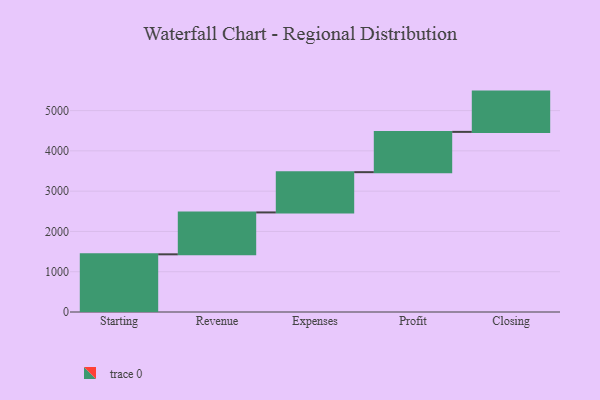
{"axis": {"x": "Step", "y": "Value"}, "legend": [""], "data": [{"x": "Starting", "y": 1432.0, "type": ""}, {"x": "Revenue", "y": 1040.0, "type": ""}, {"x": "Expenses", "y": 1000, "type": ""}, {"x": "Profit", "y": 1000, "type": ""}, {"x": "Closing", "y": 1000, "type": ""}]}